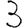
Digit: 3